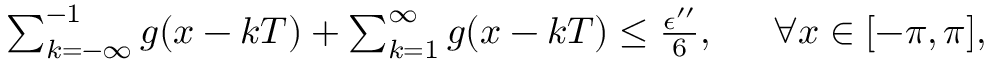
\begin{array} { r l } { \sum _ { k = - \infty } ^ { - 1 } g ( x - k T ) + \sum _ { k = 1 } ^ { \infty } g ( x - k T ) \le \frac { \epsilon ^ { \prime \prime } } { 6 } , ~ } & { { } ~ \forall x \in [ - \pi , \pi ] , } \end{array}